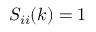
S _ { i i } ( k ) = 1